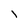
Character: I